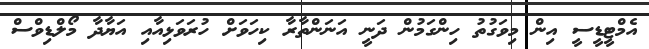
އެމްޓީޑީސީ އިން މިވަގުތު ހިންގަމުން ދަނީ އަނަންތާރާ ކިހަވަށް ހުރަވަޅިއާއި އަޔާދާ މޯލްޑިވްސް